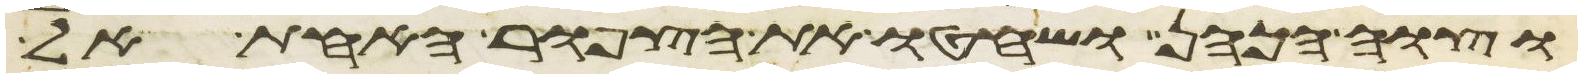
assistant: וצוה הכהן ושחטו את הצפור האחת אל